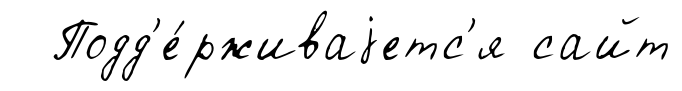
Подд'е́рживаjетс'я сайт